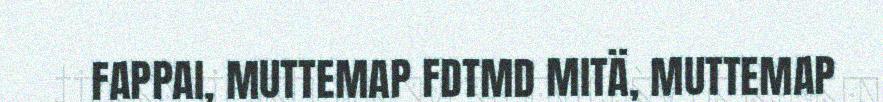
FAPPAI, MUTTEMAP FDTMD MITÄ, MUTTEMAP